Annual statistical returns and brief notes on vaccination in Bengal - 1887-1898
Year: 1887
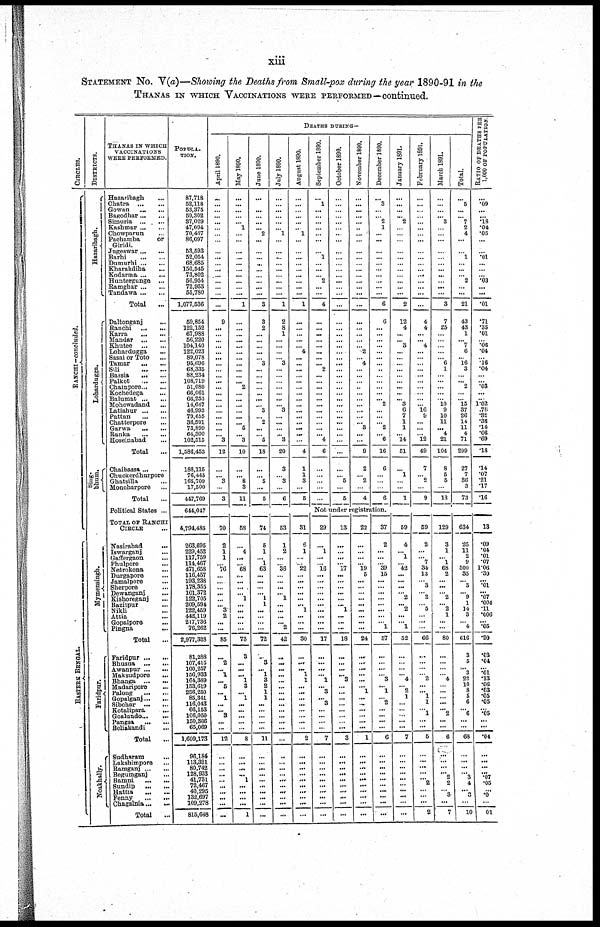
xiii
STATEMENT No. V(a)—Showing the Deaths from Small-pox during the year 1890-91 in the
THANAS IN WHICH VACCINATIONS WERE PERFORMED—continued.
CIRCLES.
RANCHI -concluded.
EASTERN BENGAL.
DISTRICTS.
Hazaribagh.
Lohardugga.
Sing¬
bhum.
Mymensingh.
Faridpur.
Noakhally.
THANAS IN WHICH
VACCINATIONS
WERE PERFORMED.
Hazaribagh ...
Chatra
...
...
Gowan
...
...
Bagodhar ... ...
Simuria ... ...
Kashmar ... ...
Chowparun ...
Pachamba
or
Giridi.
Jugeswar ... ...
Barhi
...
...
Dumurhi ... ...
Kharakdiha
...
Kodarma ...
Huntergunge ...
Ramgbar ... ...
Tandawa ... ...
Total ...
Daltonganj ...
Ranchi
...
...
Karra
...
...
Mandar ... ...
Khutee
...
...
Lohardugga ...
Sasai or Toto ...
Tamar
...
...
Sili ... ...
Bassia
... ...
Palkot
...
...
Chainpore ... ...
Kochedega ...
Balumat ... ...
Mohowadand ...
Latiahur ... ...
Pattan
...
...
Chatterpore ...
Garwa
...
...
Ranka
...
...
Hoseinabad ...
Total ...
Chaibassa ... ...
Chuckerdhurpore
Ghatsilla ...
Monoharpore ...
Total ...
Political States ...
TOTAL OF RANCHI
CIRCLE ...
Nasirabad
...
Iswarganj
...
Gaffergaon ...
Phulpore ...
Netrokona ...
Durgapora ...
Jamalpore ...
Sherpore ...
Dewanganj ...
Kishoreganj ...
Bazitpur ...
Nikli ...
Attia ...
Gopalpore ...
Pingna
...
Total ...
Faridpur ... ...
Bhusna
... ...
Awanpur ... ...
Maksudpore
...
Bhanga ...
...
Madaripore ...
Palong
...
...
Gopalganj...
...
Sibchar ... ...
Kotalipara
...
Goalundo ...
...
Pangsa
... ...
Beliakandi
...
Total ...
Sudharam
...
Lakshimpore ...
Ramganj ... ...
Begumganj ...
Bamni
... ...
Sundip
...
...
Hattia
...
...
Fenny
...
...
Chagalnia ...
...
Total ...
POPULA¬
TION.
87,718
52,118
53,375
59,302
37,029
47,094
70,437
86,097
53,593
52,054
68,685
150,545
73,802
56,954
72,953
53,780
1,077,536
59,854
122,152
67,988
56,220
104,140
122,023
89,078
95,696
68,335
88,234
108,719
51,080
66,061
66,253
14,667
46,993
79,655
36,591
75,899
64,300
102,515
1,586,453
188,115
76,445
165,709
17,500
447,769
644,047
4,794,485
263,695
229,452
117,759
114,467
471,658
116,457
193,238
178,355
101,372
122,705
209,594
122,459
442,119
217,736
76,262
2,977,328
81,288
107,415
100,257
156,933
164,389
153,619
256,250
85,341
116,043
66,153
106,050
150,366
65,069
1,609,173
96,184
113,321
80,742
128,933
41,731
72,467
40,295
132,697
109,278
815,648
DEATHS DURING—
April 1890.
...
...
...
...
...
...
...
...
...
...
...
...
...
...
...
...
...
9
...
...
...
...
...
...
...
...
...
...
...
...
...
...
...
...
...
...
... 3
12
...
... 3
...
3
70
2
1
1
...
76
...
...
...
...
...
... 3
2
...
...
85
...
2
... 1
... 5
... 1
...
... 3
...
...
12
...
...
... ...
... ...
... ...
...
...
May 1890.
...
...
...
...
... 1
...
...
...
...
...
...
...
...
...
...
1
...
...
...
...
...
...
...
...
...
...
...
2
...
... ...
...
... ...
5
...
3
10
...
... 8
3
11
58
...
4
...
... 68
...
...
...
... 1
...
...
...
...
...
73
3
...
...
... 1
3
... 1
...
...
...
...
...
8
...
...
... ... 1
...
... ...
...
1
June 1890.
...
...
...
...
...
... 2
...
...
...
...
...
...
...
...
...
3
3
2
...
... ...
...
...
3
...
...
...
...
...
...
... 3
...
2
...
... 5
18
...
...
5
...
5
74
5
1
... 1
63
...
...
...
... 1
1
...
...
...
...
72
...
8
... 1
3
2
1
1
... ...
... ...
...
11
...
...
... ...
... ...
... ...
...
...
July 1890.
...
...
...
...
...
... 1
...
...
...
...
...
...
...
...
...
1
2
8
1
...
...
...
...
3
...
...
...
...
...
...
... 3
...
...
...
... 3
20
3
... 3
...
6
53
1
2
...
...
36
...
...
...
... 1
...
... ...
... 2
42
...
...
...
... ...
...
...
...
...
...
...
...
...
...
...
...
... ...
...
... ...
...
...
....
August 1890.
...
...
...
...
...
... 1
...
...
...
...
...
...
...
...
...
1
...
...
...
...
...
4
...
...
...
...
...
...
...
...
...
...
...
...
...
...
...
4
1
1
3
...
5
31
6
1
...
...
22
...
...
...
...
...
... 1
...
...
...
30
...
...
... 1
1
...
...
...
...
...
...
...
...
2
...
...
... ... ...
...
... ... ...
...
September 1890.
...
1
...
...
...
...
...
...
...
1
...
...
...
2
...
...
4
...
...
...
...
...
...
...
... 2
...
...
...
...
...
...
...
...
...
...
... 4
6
...
...
...
...
...
October 1890.
...
...
...
...
...
...
...
...
...
...
...
...
...
...
...
...
...
...
...
...
...
...
...
...
...
...
...
...
...
...
...
...
...
...
...
...
...
...
...
...
... 6
...
6
November 1890.
...
...
...
...
...
...
...
...
...
...
...
...
...
...
...
...
...
...
... ...
... ...
2
...
4
...
...
...
...
...
...
...
...
...
... 3
...
...
9
2
... 2
4
December 1890.
...
3
...
...
2
1
...
...
...
...
...
...
...
...
...
...
6
6
...
...
...
...
...
...
...
...
...
...
...
...
... 2
...
...
...
2
... 6
16
6
...
...
...
6
Not under registration.
29
...
1
...
...
16
... ...
...
...
...
...
...
...
...
...
17
...
...
...
... 1
... 3
... 3
...
...
...
...
7
...
...
...
...
... ... ...
... ...
...
13
...
...
...
... 17
...
...
...
...
...
... 1
...
...
...
18
...
...
...
... 3
...
...
...
...
...
...
...
...
3
...
...
...
...
... ... ...
...
...
...
22
...
...
...
... 19
5
...
...
...
...
...
...
...
...
...
24
...
... ...
... ...
... 1
...
...
...
... ...
...
1
...
... ...
...
...
...
... ...
...
...
37
2
...
...
...
39
15
...
...
...
...
...
...
...
... 1
57
...
...
...
... 3
... 1
... 2
...
...
...
...
...
...
...
... ... ...
...
... ...
...
...
January 1891.
...
...
...
...
2
...
...
...
...
...
...
...
...
...
...
...
2
12
4
...
... 3
...
...
...
...
...
...
...
...
... 3
6
7
1
1
... 14
51
...
1
...
...
1
59
4
... 1
...
42
...
...
...
... 2
... 2
...
...
1
52
...
...
...
... 4
... 2
1
...
...
...
...
...
7
...
...
... ...
...
...
... ...
...
...
February 1891.
...
...
...
...
...
...
...
...
...
...
...
...
...
...
...
...
...
4
4
...
... 4
...
...
...
...
...
...
...
...
...
...
16
9
...
...
... 12
49
7
... 2
...
9
59
2
...
...
7
34
13
...
3
... 2
...
5
...
...
...
66
...
...
...
... 2
...
... 1
1
... 1
...
...
5
...
...
...
...
...
...
...
...
...
2
March 1891.
...
...
...
...
3
...
...
...
...
...
...
...
...
...
...
...
3
7
25
...
...
...
...
...
6
1
...
...
...
...
...
10
9
10
11
... 4
21
104
8
5
5
...
13
129
3
1
... 1
68
2
...
...
...
2
...
2
1
...
...
80
...
...
...
...
4
...
...
...
...
... 2
...
...
6
...
...
...
...
...
2
... 3
...
7
Total.
...
5
...
... 7
2
4
...
...
1
...
...
...
2
...
...
21
43
43
1
...
7
6
... 16
3
...
... 2
...
... 15
37
26
14
11
4
71
299
27
7
36
3
73
634
25
11
2
9
500
35
...
3
... 9
1
14
3
... 4
616
3
5
... 3
22
10
8
5
6
... 6
...
...
68
...
...
... ...
...
4
... 3
...
10
RATIO OF DEATHS PER
1,000 OF POPULATION.
...
.09
...
...
.18
.04
.05
...
... .01
...
...
...
.03
...
...
.01
.71
.35
.01
...
.06
.04
...
.16
.04
...
...
.03
...
...
1.02
.78
.32
.38
.14
.06
.69
.18
.14
.07
.21
.17
.16
13
.09
.04
.01
.07
1.08
.30
... .01
... .07
.004
.11
.006
... .05
.20
.03
.04
... .01
.13
.06
.03
.05
.05
... .05
...
...
.04
...
...
...
...
.07 .05
...
.0
... 01